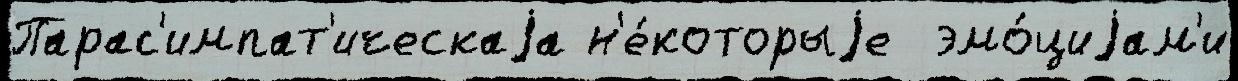
Парас'импат'ическаjа н'е́которыjе  эмо́циjам'и